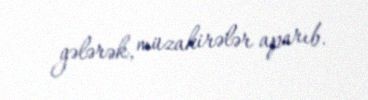
gələrək, müzakirələr aparıb.